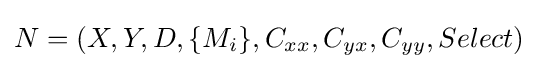
N=(X,Y,D,\{M_{i}\},C_{xx},C_{yx},C_{yy},Select)